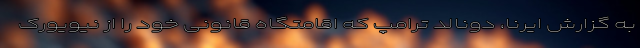
به گزارش ایرنا، دونالد ترامپ که اقامتگاه قانونی خود را از نیویورک